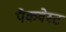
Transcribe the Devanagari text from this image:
पैकवेस्ट